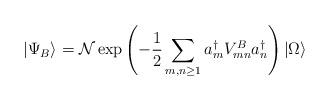
LaTeX: \begin{align*}|\Psi _{B}\rangle =\mathcal{N}\exp \left( -{\frac{1}{2}}\sum_{m,n\geq1}a_{m}^{\dagger }V_{mn}^{B}a_{n}^{\dagger }\right) |\Omega \rangle\end{align*}